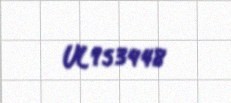
UL953448